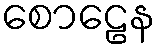
စောဠေန